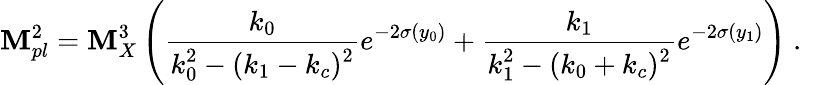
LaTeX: \mathbf{M}_{pl}^{2}={\mathbf{M}_{X}^{3}}\left({\frac{{k_{0}}}{{\displaystyle{k_{0}^{2}-(k_{1}-k_{c})^{2}}}}}e^{-2\sigma(y_{0})}+{\frac{{k_{1}}}{{\displaystyle{k_{1}^{2}-(k_{0}+k_{c})^{2}}}}}e^{-2\sigma(y_{1})}\right)~.~\,